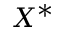
X ^ { * }